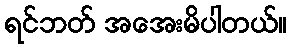
ရင်ဘတ် အအေးမိပါတယ်။